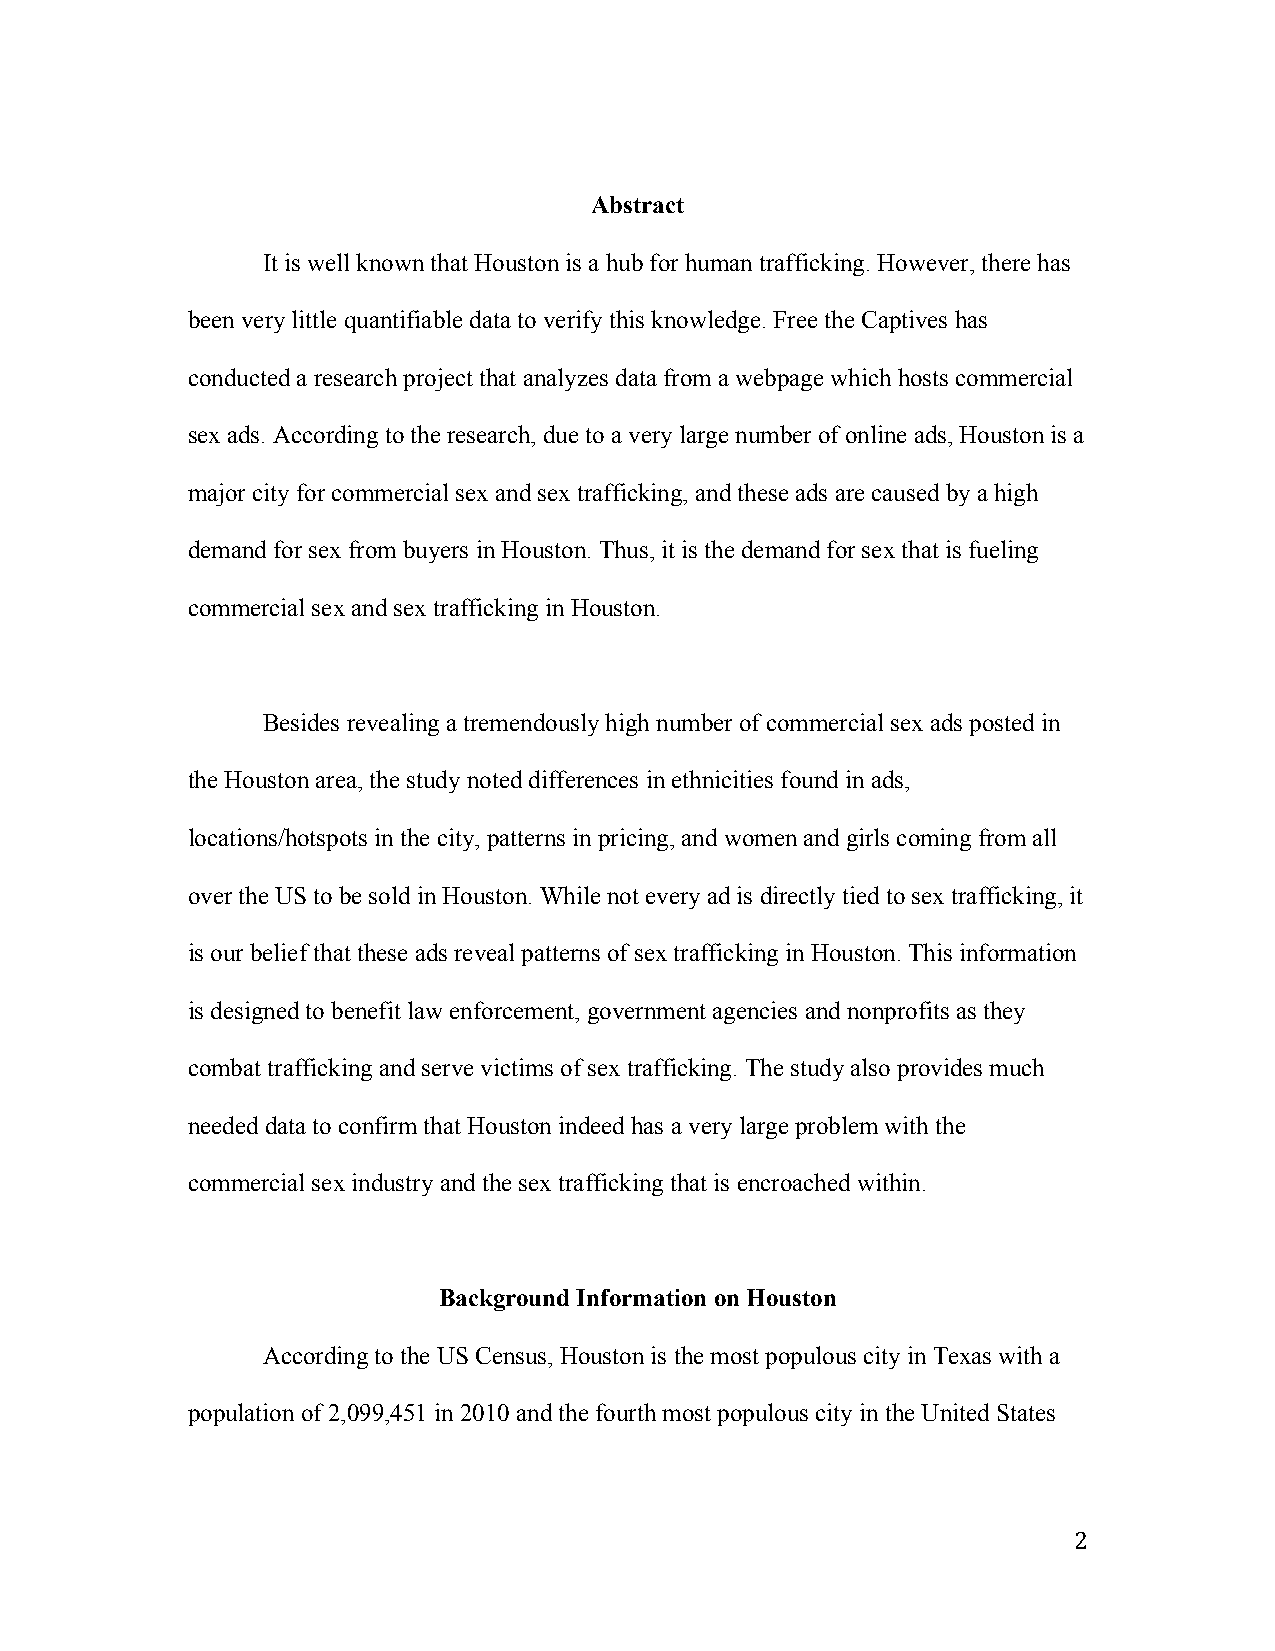
Abstract
 It is well known that Houston is a hub for human trafficking. However, there has
 been very little quantifiable data to verify this knowledge. Free the Captives has
 conducted a research project that analyzes data from a webpage which hosts commercial
 sex ads. According to the research, due to a very large number of online ads, Houston is a
 major city for commercial sex and sex trafficking, and these ads are caused by a high
 demand for sex from buyers in Houston. Thus, it is the demand for sex that is fueling
 commercial sex and sex trafficking in Houston.
 Besides revealing a tremendously high number of commercial sex ads posted in
 the Houston area, the study noted differences in ethnicities found in ads,
 locations/hotspots in the city, patterns in pricing, and women and girls coming from all
 over the US to be sold in Houston. While not every ad is directly tied to sex trafficking, it
 is our belief that these ads reveal patterns of sex trafficking in Houston. This information
 is designed to benefit law enforcement, government agencies and nonprofits as they
 combat trafficking and serve victims of sex trafficking. The study also provides much
 needed data to confirm that Houston indeed has a very large problem with the
 commercial sex industry and the sex trafficking that is encroached within.
 Background Information on Houston
 According to the US Census, Houston is the most populous city in Texas with a
 population of 2,099,451 in 2010 and the fourth most populous city in the United States
 2